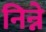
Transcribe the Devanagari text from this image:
निन्ने